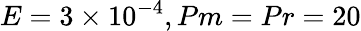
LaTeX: E=3\times 10^{-4},Pm=Pr=20